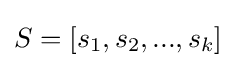
S=[s_{1},s_{2},...,s_{k}]